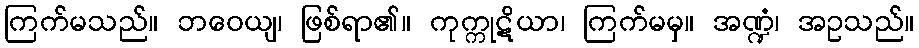
ကြက်မသည်။ ဘဝေယျ၊ ဖြစ်ရာ၏။ ကုက္ကုဋိယာ၊ ကြက်မမှ။ အဏ္ဍံ၊ အဥသည်။